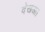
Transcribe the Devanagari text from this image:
देखआ।